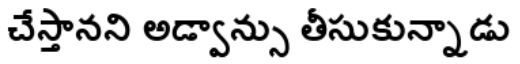
చేస్తానని అడ్వాన్సు తీసుకున్నాడు